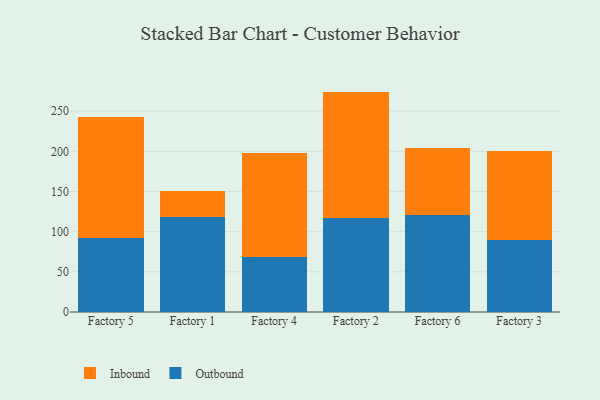
{"axis": {"x": "Factory", "y": "Market Share (%)"}, "legend": ["Inbound", "Outbound"], "data": [{"x": "Factory 5", "y": 92.4, "type": "Outbound"}, {"x": "Factory 5", "y": 150.2, "type": "Inbound"}, {"x": "Factory 1", "y": 118.9, "type": "Outbound"}, {"x": "Factory 1", "y": 31.5, "type": "Inbound"}, {"x": "Factory 4", "y": 68.7, "type": "Outbound"}, {"x": "Factory 4", "y": 129.3, "type": "Inbound"}, {"x": "Factory 2", "y": 117.5, "type": "Outbound"}, {"x": "Factory 2", "y": 156.9, "type": "Inbound"}, {"x": "Factory 6", "y": 120.6, "type": "Outbound"}, {"x": "Factory 6", "y": 83.3, "type": "Inbound"}, {"x": "Factory 3", "y": 89.9, "type": "Outbound"}, {"x": "Factory 3", "y": 110.1, "type": "Inbound"}]}